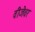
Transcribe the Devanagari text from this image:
वीजेवर